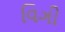
વિઞી